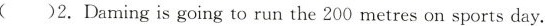
( )2.Daming is going to run the 200 metres on sports day.